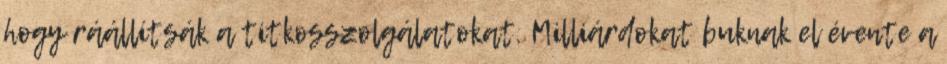
hogy ráállítsák a titkosszolgálatokat. Milliárdokat buknak el évente a